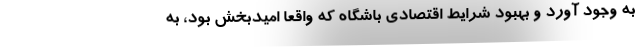
به وجود آورد و بهبود شرایط اقتصادی باشگاه که واقعا امیدبخش بود، به